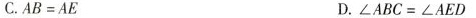
C.$$A B = A E$$ D.$$\angle A B C = \angle A E D$$